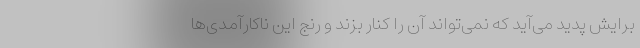
برایش پدید می‌آید که نمی‌تواند آن را کنار بزند و رنج این ناکارآمدی‌ها